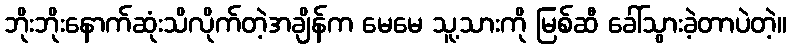
ဘိုးဘိုးနောက်ဆုံးသိလိုက်တဲ့အချိန်က မေမေ သူ့သားကို မြစ်ဆီ ခေါ်သွားခဲ့တာပဲတဲ့။